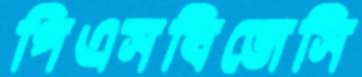
পিএসবিজেসি